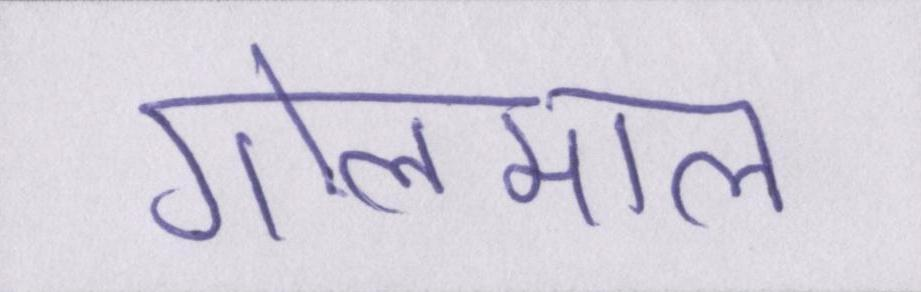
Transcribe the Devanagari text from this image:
गोलमाल